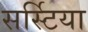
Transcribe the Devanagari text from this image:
सर्स्टिया